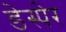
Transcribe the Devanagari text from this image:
डेस्पेर